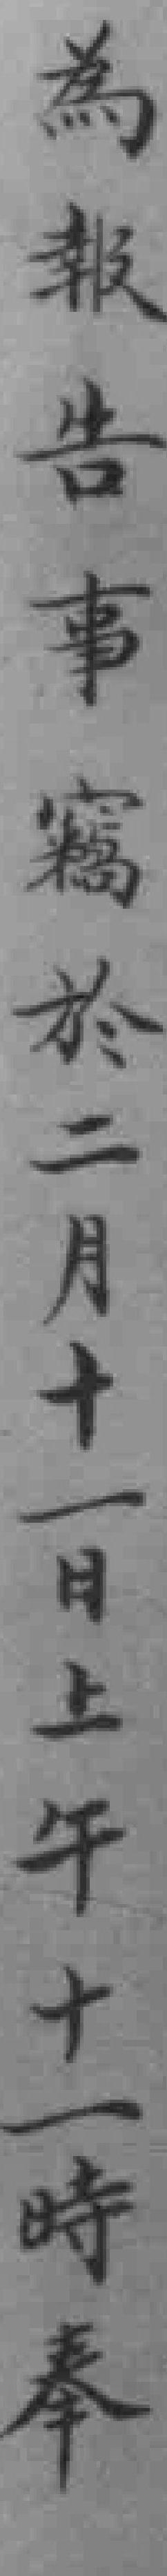
為報告事竊於二月十一日上午十一時奉